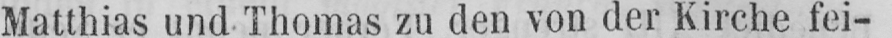
Matthias und Thomas zu den von der Kirche fei-